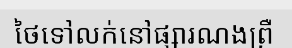
ថៃទៅលក់នៅផ្សារណងព្រឺ